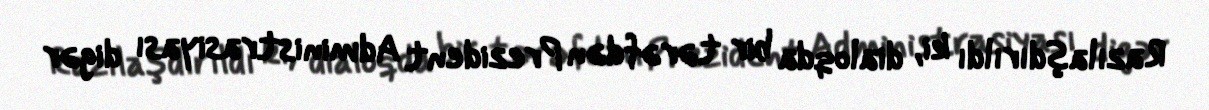
Razılaşdırıldı ki, dialoqda bir tərəfdən Prezident Administrasiyası digər